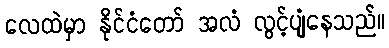
လေထဲမှာ နိုင်ငံတော် အလံ လွင့်ပျံနေသည်။